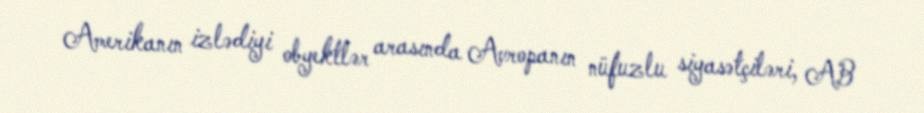
Amerikanın izlədiyi obyektlər arasında Avropanın nüfuzlu siyasətçiləri, AB